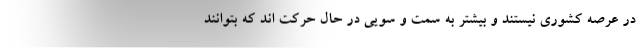
در عرصه کشوری نیستند و بیشتر به سمت و سویی در حال حرکت‌ اند که بتوانند